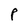
Character: P